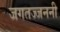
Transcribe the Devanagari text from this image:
जगतज्जननी